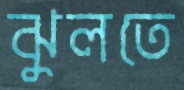
ঝুলতে